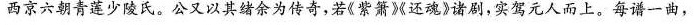
西京六朝青莲少陵氏。公又以其结余为传奇，若《紫箫》《还魂》诸剧，实驾元人而上。每谱一曲，